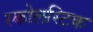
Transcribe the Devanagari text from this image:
स्कोलस्टिक